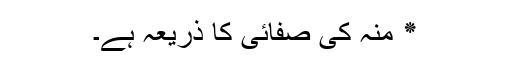
٭ منہ کی صفائی کا ذریعہ ہے۔